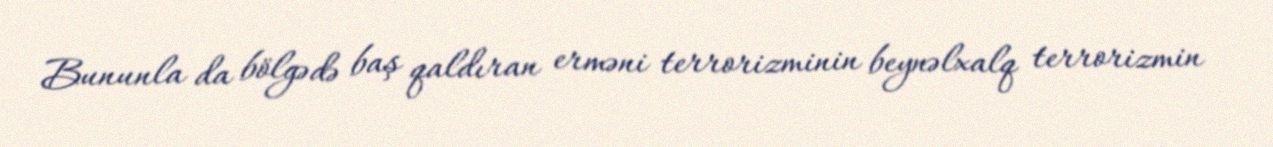
Bununla da bölgədə baş qaldıran erməni terrorizminin beynəlxalq terrorizmin